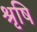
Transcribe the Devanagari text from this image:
श्रृषि